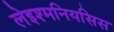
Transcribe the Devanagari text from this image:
लेइश्मनियसिस